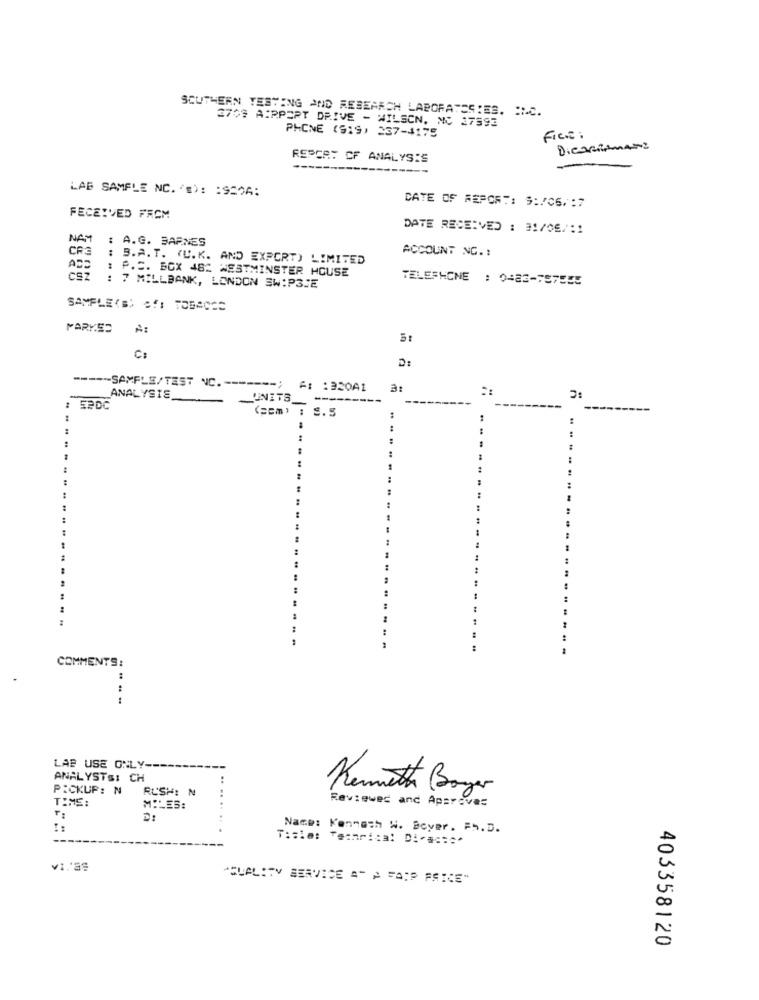
SOUTHERN TESTING AND RESEARCH LABORATESIES. INC.
3703 AIRPORT DRIVE - WILSON, NC 27593
PHONE (919) 337-4175
FIRE:
DicaBirMANS
REPCA: CF ANALYSIS
LAB SAMPLE NC. 's): : 952A:
DATE OF REPORT: 9:/06/ :7
FECEIVED FREM
DATE RECEIVED : 31/06/:1
NAM
: A.G. BARNES
CR3
ACCOUNT NC .:
: B.A. T. (U.K. AND EXPORT) LIMITED
: P.S. BOX 482 WESTMINSTER HOUSE
TELEPHONE : 0482-75FREE
: 7 MILLBANK, LONDON SW:P3JE
SAMPLE<B; SI TOBACCO
MARY.ES
C:
D:
====- SAXFLE/TEST NC .----
A: : 320A1
ANALYSIS
UNITS
n
: SPDC
(sem) : S.5
COMMENTS:
LAB USE ONLY-
ANALYSTS: CH
PICKUP: N
RUSH: N
Kenneth Borger
TIME:
MILES:
Reviewed and Approves
D:
Name: Kenneth W. Boyer. FS.D.
T:sie: Teamrica! Dia ===*
"QUALITY SERVICE A" A FAIR PRICE"
403358120